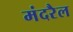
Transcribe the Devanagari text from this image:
मंदरैल